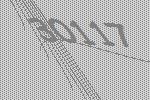
30117